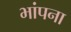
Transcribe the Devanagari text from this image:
भांपना